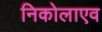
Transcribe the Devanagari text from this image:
निकोलाएव